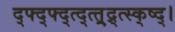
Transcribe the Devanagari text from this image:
द्फ्द्फ्द्त्द्त्त्र्द्र्त्स्क्ष्द्।